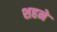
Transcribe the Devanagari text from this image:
शहने